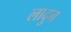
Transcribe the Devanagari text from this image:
लादुन